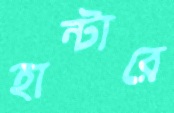
হান্টারে